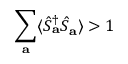
\sum _ { \mathbf { a } } \langle \hat { S } _ { \mathbf { a } } ^ { \dagger } \hat { S } _ { \mathbf { a } } \rangle > 1